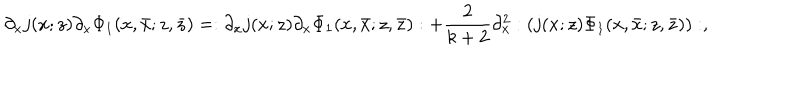
\partial _ { x } j ( x ; z ) \partial _ { x } \Phi _ { 1 } ( x , \bar { x } ; z , \bar { z } ) = : \partial _ { x } j ( x ; z ) \partial _ { x } \Phi _ { 1 } ( x , \bar { x } ; z , \bar { z } ) : + \frac { 2 } { k + 2 } \partial _ { x } ^ { 2 } : ( j ( x ; z ) \Phi _ { 1 } ( x , \bar { x } ; z , \bar { z } ) ) : ,